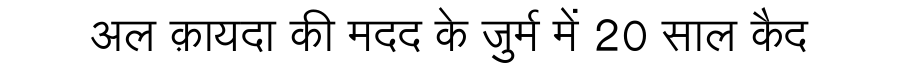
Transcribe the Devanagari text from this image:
अल क़ायदा की मदद के जुर्म में 20 साल कैद